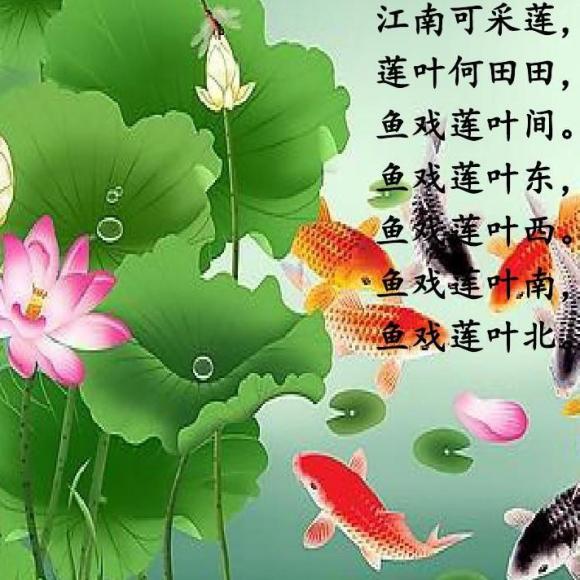
江南可采莲，莲叶何田田。